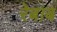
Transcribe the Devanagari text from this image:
रेबाब